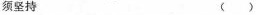
须坚持 ()